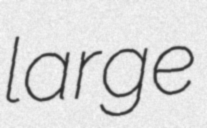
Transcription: large